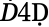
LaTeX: Ḋ4\mathfrak{Ḍ}